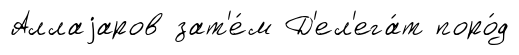
Аллаjаров зат'е́м Д'ел'ега́т поро́д